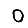
Digit: 0